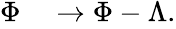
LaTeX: \begin{array}{rl}{\Phi}&{{}\to\Phi-\Lambda.}\end{array}